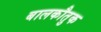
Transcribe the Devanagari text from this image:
बालकौतुक